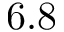
6 . 8